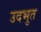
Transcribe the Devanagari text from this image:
उदभुत